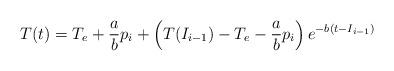
LaTeX: \begin{align*}T(t)=T_e + \frac{a}{b}p_i + \left(T(I_{i-1}) - T_e - \frac{a}{b}p_i\right)e^{-b(t-I_{i-1})}\end{align*}